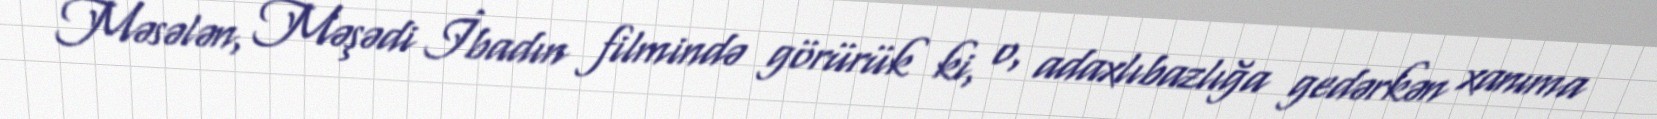
Məsələn, Məşədi İbadın filmində görürük ki, o, adaxlıbazlığa gedərkən xanıma